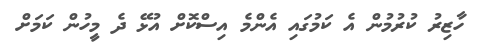
ހާޒިރު ކުރުމުން އެ ކަމުގައި އެންމެ އިސްކޮށް އުޅޭ ދެ މީހުން ކަމަށް